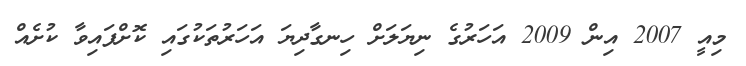
މިއީ 2007 އިން 2009 އަހަރުގެ ނިޔަލަށް ހިނގާދިޔަ އަހަރުތަކުގައި ކޮށްފައިވާ ކުށެެއް